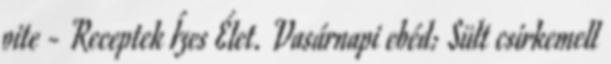
pite - Receptek Ízes Élet. Vasárnapi ebéd: Sült csirkemell